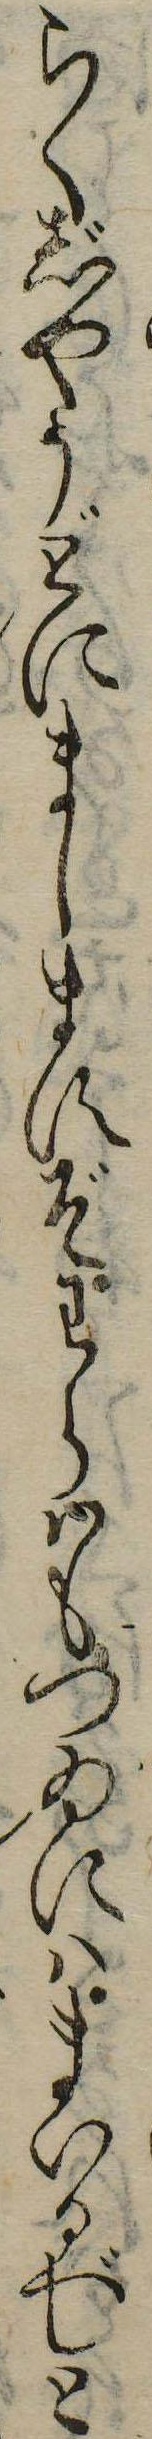
らくじやうどにましますぞわらはもつゐにはまいるべしと